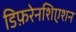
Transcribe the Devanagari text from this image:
डिफ़रेनशिएशन